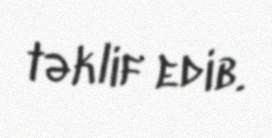
təklif edib.